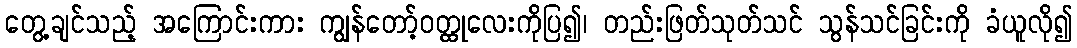
တွေ့ချင်သည့် အကြောင်းကား ကျွန်တော့်ဝတ္ထုလေးကိုပြ၍၊ တည်းဖြတ်သုတ်သင် သွန်သင်ခြင်းကို ခံယူလို၍